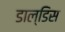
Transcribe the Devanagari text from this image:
डाल्डिस